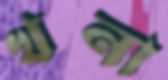
খনা